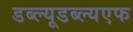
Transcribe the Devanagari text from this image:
डब्ल्यूडब्ल्यएफ